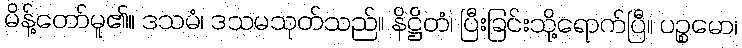
မိန့်တော်မူ၏။ ဒသမံ၊ ဒသမသုတ်သည်။ နိဋ္ဌိတံ၊ ပြီးခြင်းသို့ရောက်ပြီ။ ပဉ္စမော၊